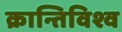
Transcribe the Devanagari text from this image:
क्रान्तिविश्व